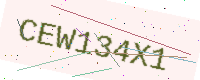
Text: CEW134X1